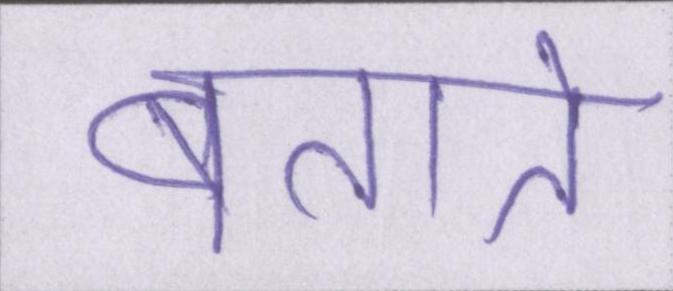
बताते